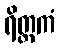
ရိတ္တကံ